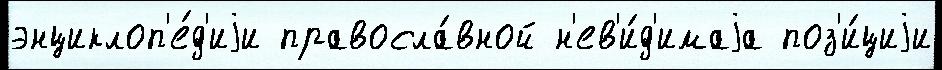
энциклоп'е́д'иjи правосла́вной н'ев'и́д'имаjа поз'и́циjи